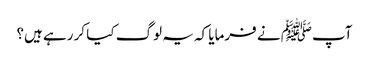
آپﷺ نے فرمایا کہ یہ لوگ کیا کر رہے ہیں؟